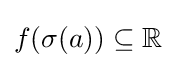
f(\sigma (a))\subseteq \mathbb {R}